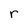
Character: r